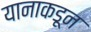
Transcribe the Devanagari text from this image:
यानाकडून